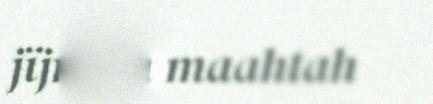
jïjnjem maahtah